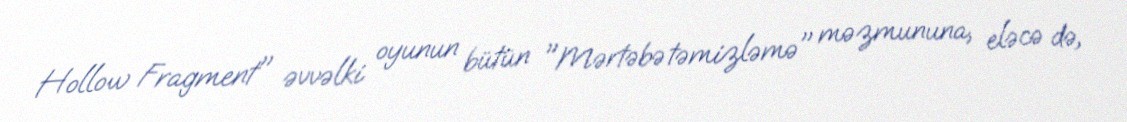
Hollow Fragment" əvvəlki oyunun bütün "Mərtəbə təmizləmə" məzmununa, eləcə də,